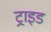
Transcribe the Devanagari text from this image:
ट्राइड